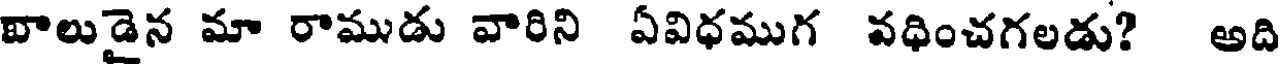
వాలుడైన మా రాముడు వారిని ఏవిధముగ వధించగలడు? అది